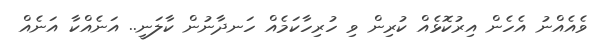
ވެއެއްނު އެހެން އިރުކޮޅެއް ކުރިން ވި ހުރިހާކަމެއް ހަނދާނުން ކާލަނީ.. އަނެއްކާ އަނެއް